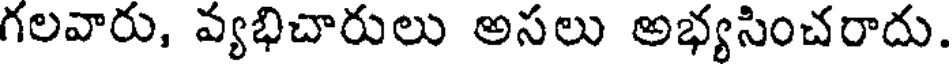
గలవారు, వ్యభిచారులు అసలు అభ్యసించరాదు.